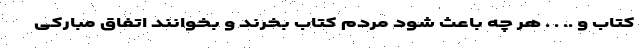
کتاب و .. . . هر چه باعث شود مردم کتاب بخرند و بخوانند اتفاق مبارکی